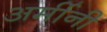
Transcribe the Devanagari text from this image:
अर्मीनी